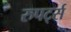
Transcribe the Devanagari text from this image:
रुपर्ट्स